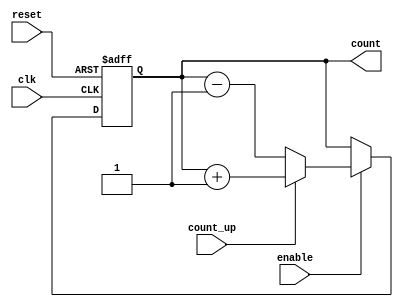
module Chained_Parallel_Counter #(
    parameter N = 4  // Number of bits in the counter (flip-flops)
)(
    input wire clk,       // Clock signal
    input wire reset,     // Asynchronous reset signal
    input wire enable,    // Enable signal
    input wire count_up,  // Counting direction: 1 for up, 0 for down
    output reg [N-1:0] count // Counter output
);

    // Flip-flop implementation for the counter
    always @(posedge clk or posedge reset) begin
        if (reset) begin
            count <= 0;  // Reset the counter to zero
        end else if (enable) begin
            if (count_up) begin
                // Increment the counter with rollover
                count <= count + 1;
            end else begin
                // Decrement the counter with rollover
                count <= count - 1;
            end
        end
    end

endmodule